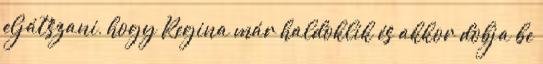
eljátszani, hogy Regina már haldoklik és akkor dobja be